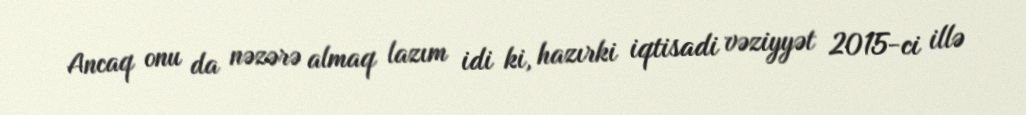
Ancaq onu da nəzərə almaq lazım idi ki, hazırki iqtisadi vəziyyət 2015-ci illə